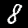
Digit: 8